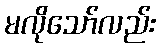
မလိုသော်လည်း